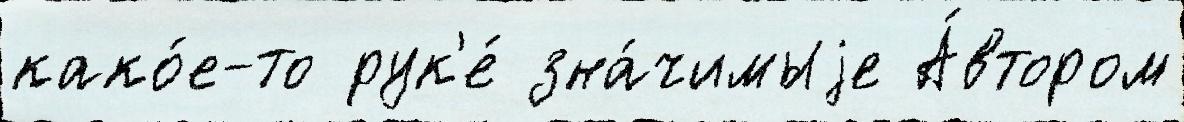
како́е-то рук'е́ зна́чимыjе А́втором